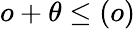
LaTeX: o+\theta\leq(o)